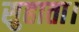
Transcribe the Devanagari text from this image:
सुहाता।